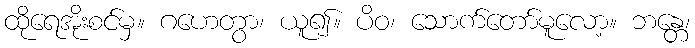
ထိုရေအိုးစင်မှ။ ဂဟေတွာ၊ ယူ၍။ ပိဝ၊ သောက်တော်မူလော့။ ဘန္တေ၊